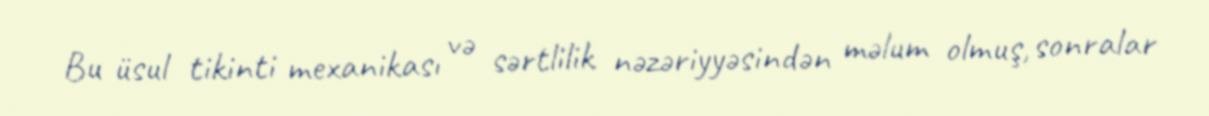
Bu üsul tikinti mexanikası və sərtlilik nəzəriyyəsindən məlum olmuş, sonralar